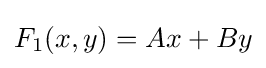
F_{1}(x,y)=Ax+By